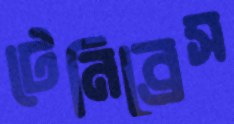
টেনিব্রেস